Scottish Leaving Certificate Examination, 1951
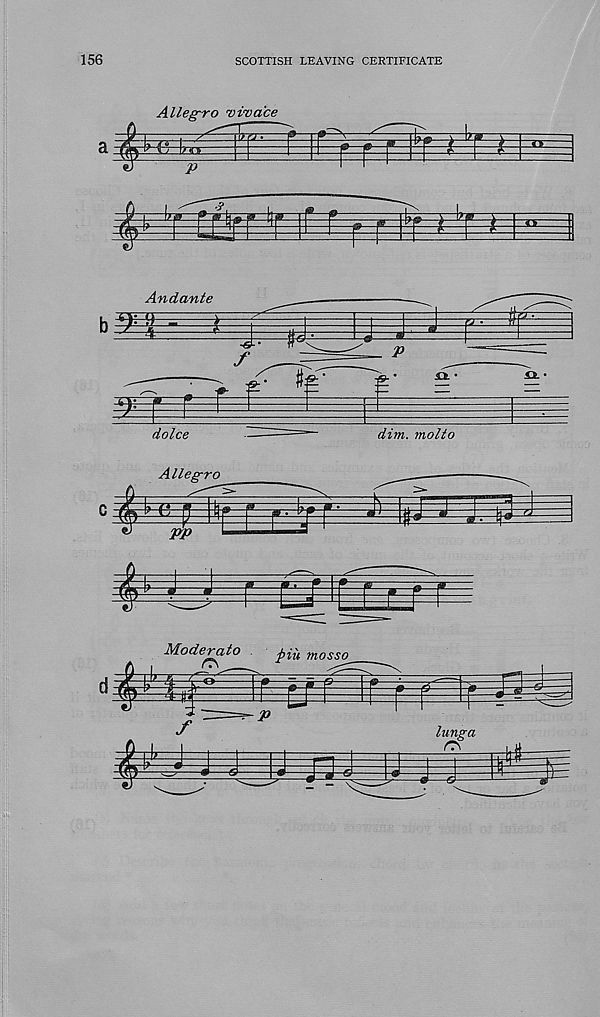
156
SCOTTISH LEAVING CERTIFICATE
Allegro vivace
I ■■
gS
Andante
r
a
te'
_ i»
^ •
^IL '
£i •
dolce
dim. motto
Allegro
0 4-Mif-|lir
' ■ Jl IpJU
122
VP